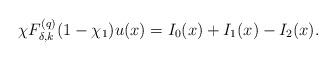
LaTeX: \begin{align*}\chi F^{(q)}_{\delta,k}(1-\chi_1)u(x)=I_0(x)+I_1(x)-I_2(x).\end{align*}